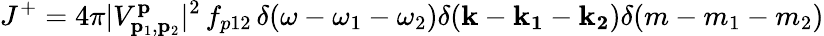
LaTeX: J^{+}=4\pi|V_{\mathbf{p}_{1},\mathbf{p}_{2}}^{\mathbf{p}}|^{2}\, f_{p12}\, \delta(\omega-\omega_{1}-\omega_{2})\delta(\mathbf{k}-\mathbf{k_{1}}-\mathbf{k_{2}})\delta(m-m_{1}-m_{2})